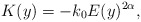
\begin{align*} K(y)=-k_0E(y)^{2\alpha}, \end{align*}